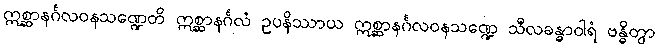
ဣစ္ဆာနင်္ဂလဝနသဏ္ဍေတိ ဣစ္ဆာနင်္ဂလံ ဥပနိဿာယ ဣစ္ဆာနင်္ဂလဝနသဏ္ဍေ သီလခန္ဓာဝါရံ ဗန္ဓိတွာ